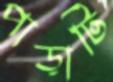
পাড়াটি